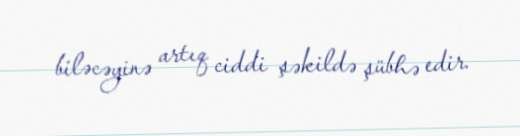
biləcəyinə artıq ciddi şəkildə şübhə edir.